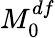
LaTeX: M_{0}^{df}